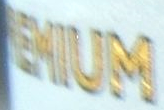
REMIUM